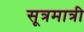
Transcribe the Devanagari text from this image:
सूत्रमात्री